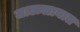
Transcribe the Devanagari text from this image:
जाऊलावात